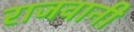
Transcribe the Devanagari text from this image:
राजवानी